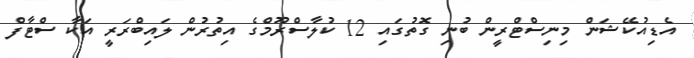
އެޑިއުކޭޝަން މިނިސްޓްރީން ބުނި ގޮތުގައި 12 ކުލާސްރޫމްގެ އިތުރުން ލައިބްރަރީ އަކާ ސްޓާފް